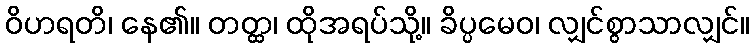
ဝိဟရတိ၊ နေ၏။ တတ္ထ၊ ထိုအရပ်သို့။ ခိပ္ပမေဝ၊ လျှင်စွာသာလျှင်။